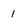
Character: 1